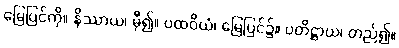
မြေပြင်ကို။ နိဿာယ၊ မှီ၍။ ပထဝိယံ၊ မြေပြင်၌။ ပတိဋ္ဌာယ၊ တည်၍။